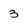
Character: 3